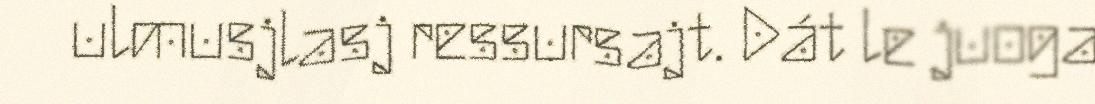
ulmusjlasj ressursajt. Dát le juoga